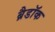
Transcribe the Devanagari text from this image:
ब्रैडॉक